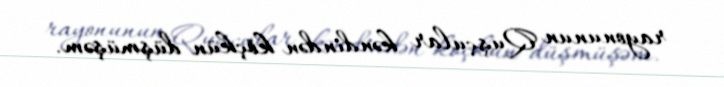
rayonunun Quşçular kəndindən köçkün düşmüşəm.